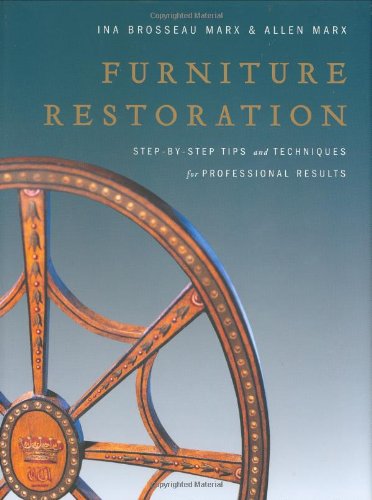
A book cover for Furniture Restoration: Step-By-Step Tips and Techniques for Professional Results; Ina Brosseau Marx; Crafts, Hobbies & Home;